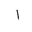
Letter: _alif